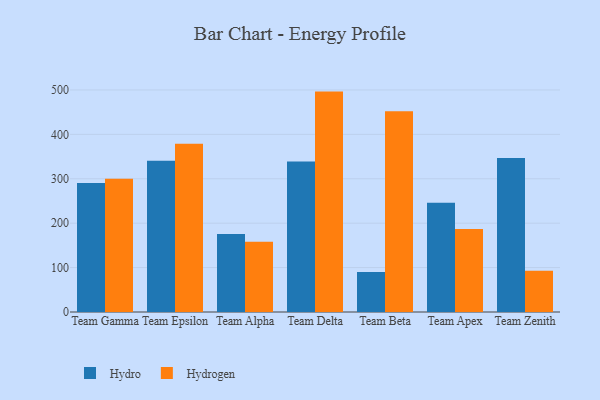
{"axis": {"x": "Team", "y": "Conversion Rate (%)"}, "legend": ["Hydro", "Hydrogen"], "data": [{"x": "Team Gamma", "y": 290.6, "type": "Hydro"}, {"x": "Team Gamma", "y": 300.0, "type": "Hydrogen"}, {"x": "Team Epsilon", "y": 340.6, "type": "Hydro"}, {"x": "Team Epsilon", "y": 379.1, "type": "Hydrogen"}, {"x": "Team Alpha", "y": 175.8, "type": "Hydro"}, {"x": "Team Alpha", "y": 158.0, "type": "Hydrogen"}, {"x": "Team Delta", "y": 338.7, "type": "Hydro"}, {"x": "Team Delta", "y": 496.3, "type": "Hydrogen"}, {"x": "Team Beta", "y": 90.2, "type": "Hydro"}, {"x": "Team Beta", "y": 451.8, "type": "Hydrogen"}, {"x": "Team Apex", "y": 245.9, "type": "Hydro"}, {"x": "Team Apex", "y": 186.8, "type": "Hydrogen"}, {"x": "Team Zenith", "y": 346.8, "type": "Hydro"}, {"x": "Team Zenith", "y": 92.8, "type": "Hydrogen"}]}